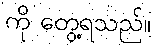
ကို တွေ့ရသည်။